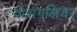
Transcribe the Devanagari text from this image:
वारागलियर